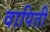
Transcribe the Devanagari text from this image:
वापिती